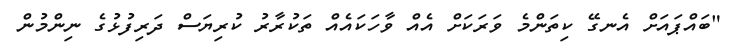
"ބައްޕައަށް އެނގޭ ކިތަންމެ ވަރަކަށް އެއް ވާހަކައެއް ތަކުރާރު ކުރިޔަސް ދަރިފުޅުގެ ނިންމުން